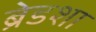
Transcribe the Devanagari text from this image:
ब्रेडशा